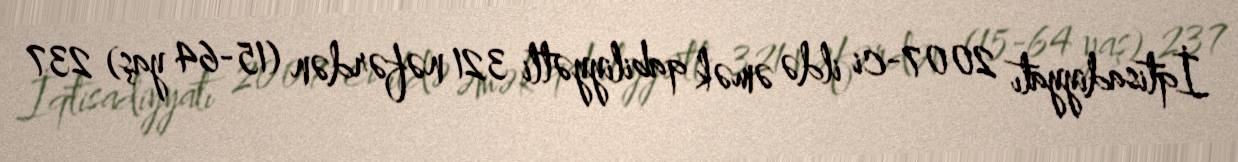
İqtisadiyyatı 2007-ci ildə əmək qabiliyyətli 321 nəfərdən (15-64 yaş) 237